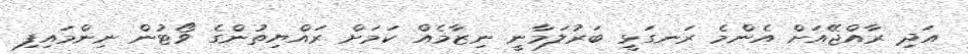
އަދި ރާއްޖޭއަށް އެންމެ ރަނގަޅީ ބަރުލަމާނީ ނިޒާމެއް ކަމަށް ރައްޔިތުންގެ ވޯޓުން ނިންމައިފި